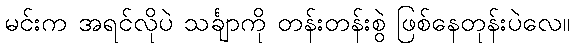
မင်းက အရင်လိုပဲ သင်္ချာကို တန်းတန်းစွဲ ဖြစ်နေတုန်းပဲလေ။